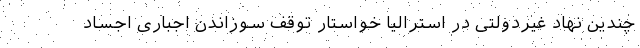
چندین نهاد غیردولتی در استرالیا خواستار توقف سوزاندن اجباری اجساد